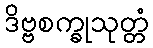
ဒိဗ္ဗစက္ခုသုတ္တံ